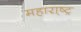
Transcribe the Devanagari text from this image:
महारा़्ष्ट्र